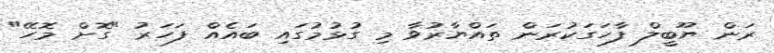
ރަން ޔޫބީލް ފާހަގަކުރަން ތައްޔާރުވާ މި ގުޅުމުގައި ބައެއް ފަހަރު "ގޮށް މޮހޭ"